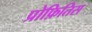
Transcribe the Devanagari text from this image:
प्रोफ़ितिस